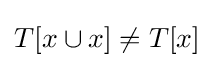
T[x\cup x]\neq T[x]